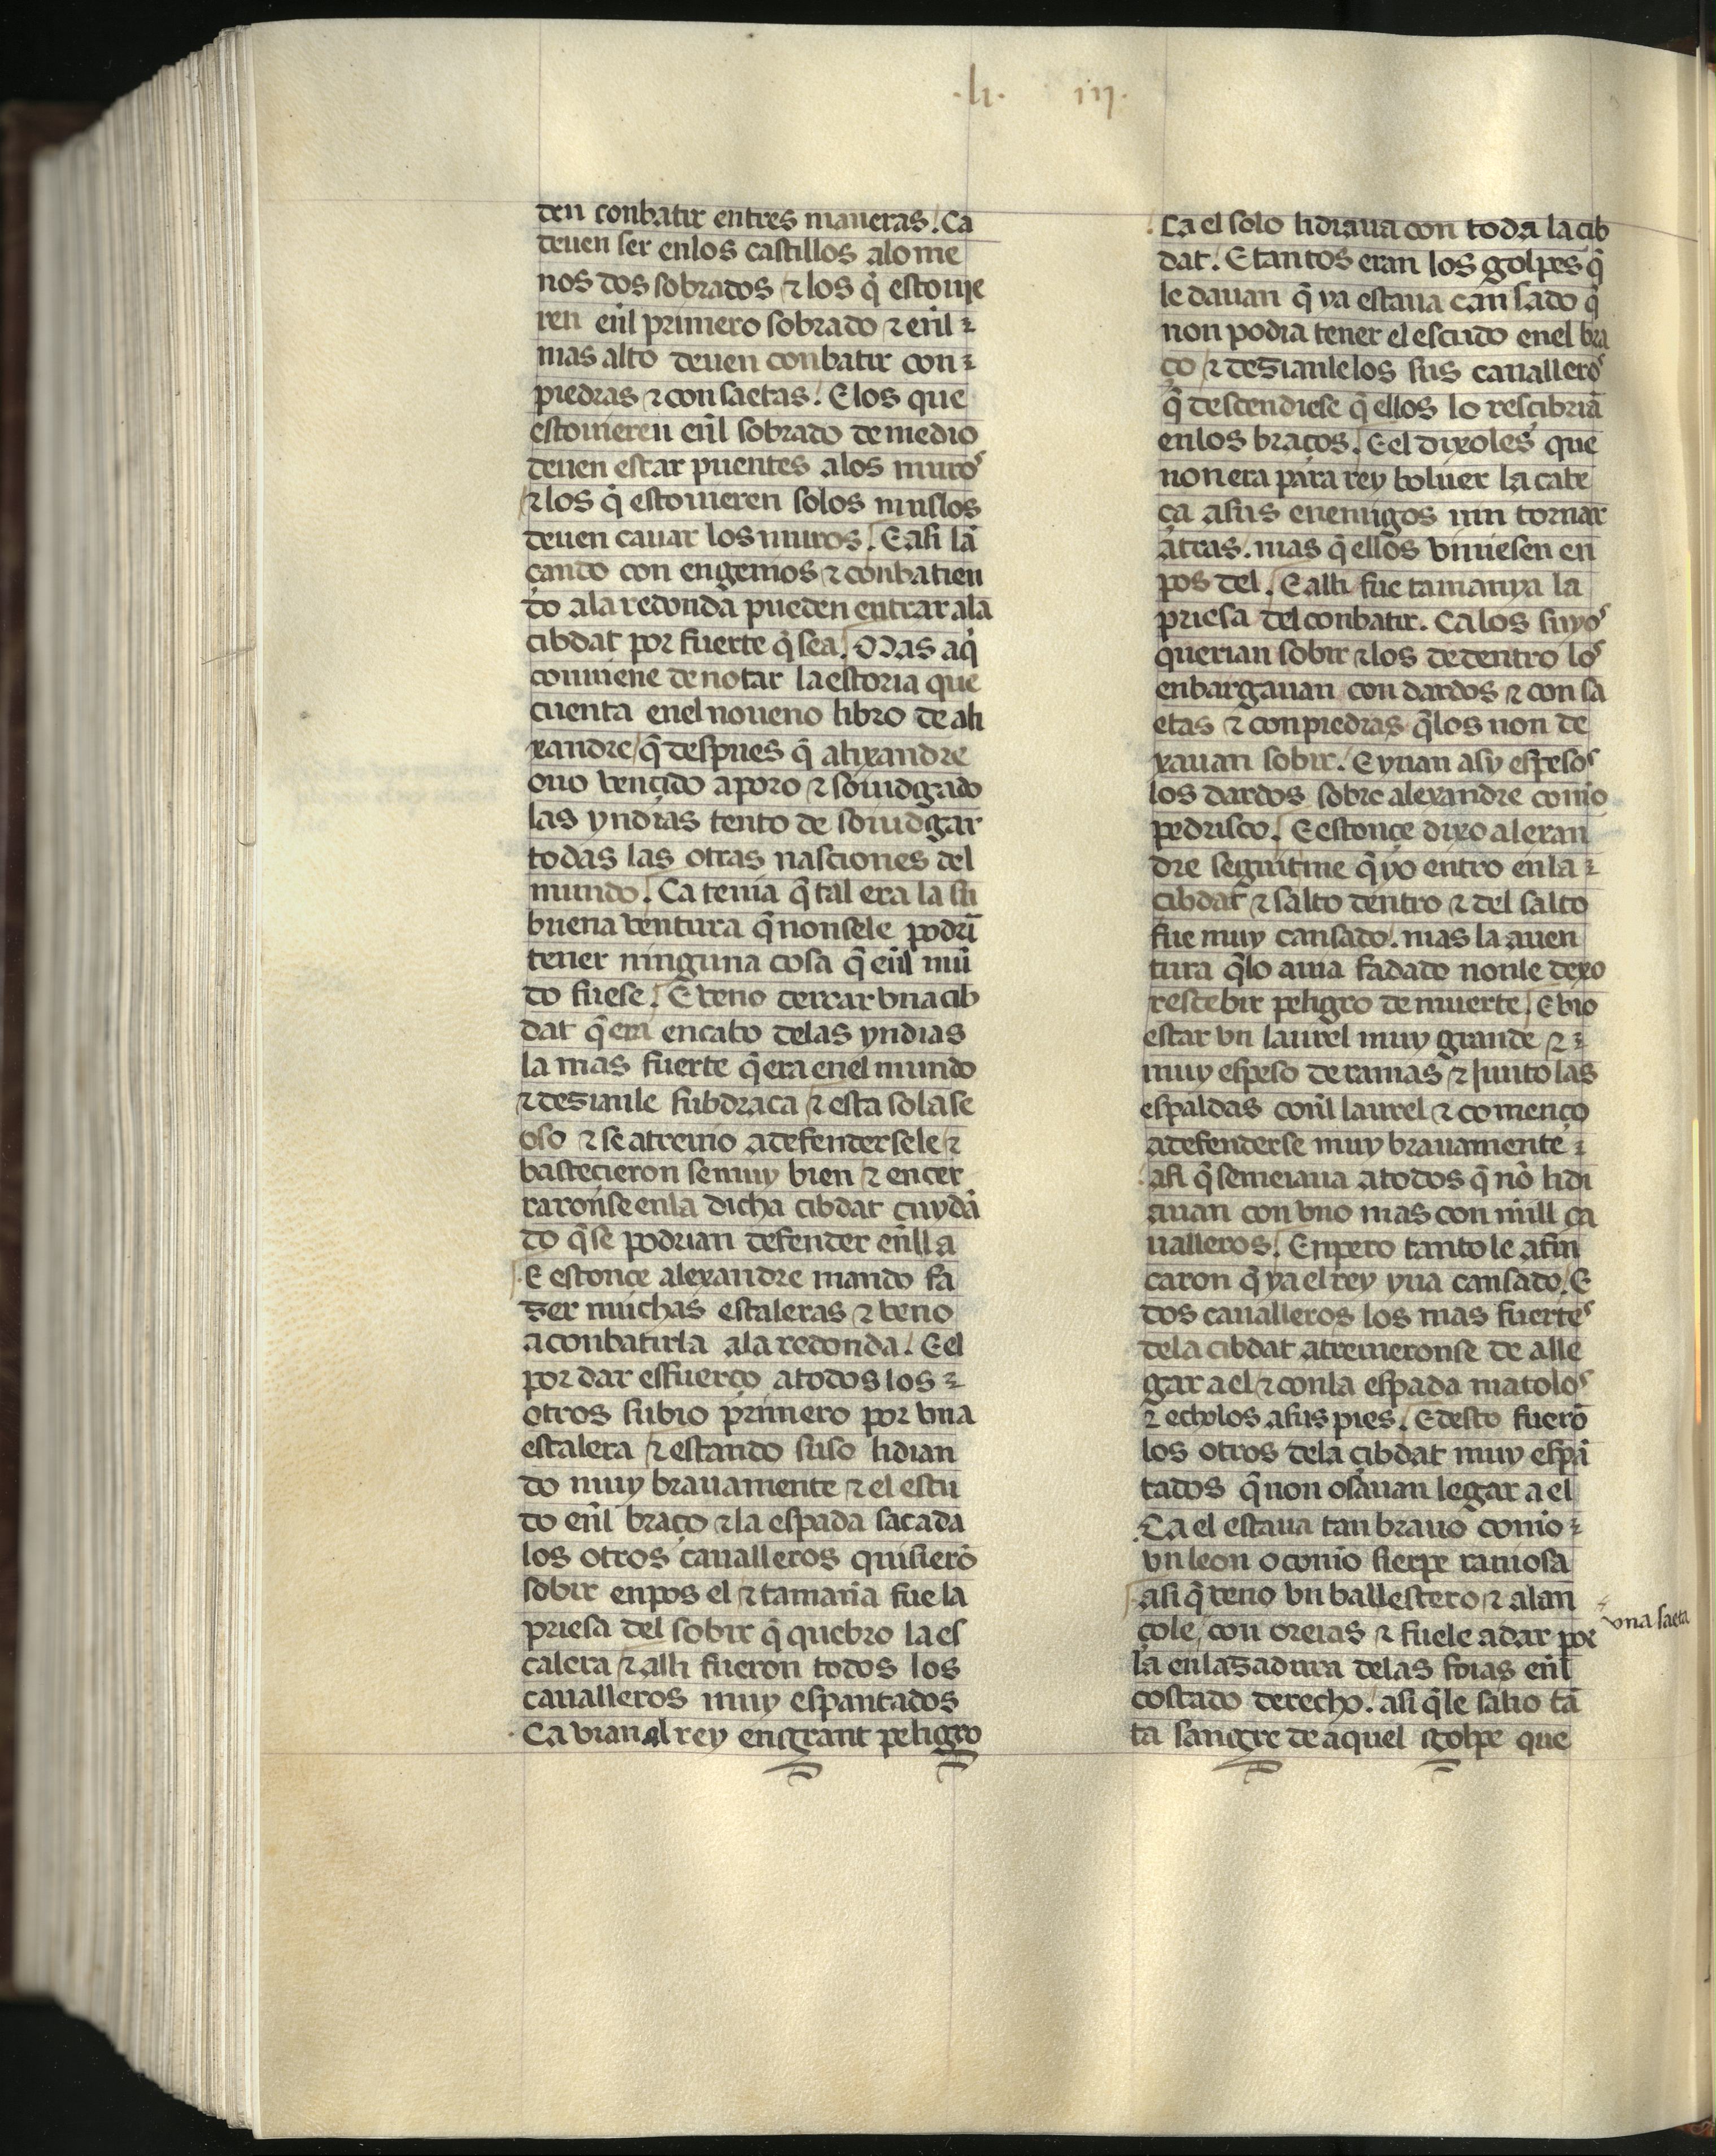
Shelfmark: Madrid, Fundación Lázaro Galdiano, mss 289
Century: 15